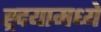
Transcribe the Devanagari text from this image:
ह्र्दयामध्ये